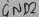
Text: GND2